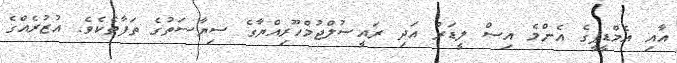
އާއި އެމްޑީޕީގެ އެންމެ އިސް ލީޑަރު އަދި ރައީސުލްޖުމްހޫރިއްޔާގެ ސިޔާސަތުގެ ތަފާތެކެވެ. އުޒުރެއްގެ